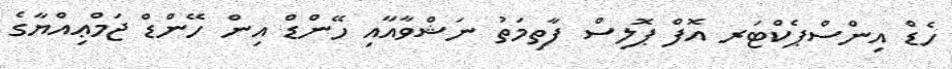
ހެޑް އިންސްޕެކްޓަރ އޮފް ޕޮލިސް ފާތިމަތު ނަޝްވާއާއި ހޭންޑް އިން ހޭންޑް ޖަމްޢިއްޔާގެ